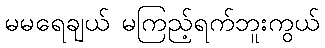
မမရေချယ် မကြည့်ရက်ဘူးကွယ်